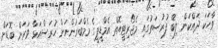
ވާހަކަ ދައްކަން ލިބޭ ފުރުސަތުގައި މެޖޯރިޓީއޮތް އެމްޑީޕީގެ މެމްބަރުންނަށް ހުރަސްއަޅާ ވަރަށް ބޮޑަށް